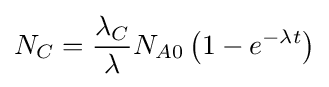
N_{C}={\frac {\lambda _{C}}{\lambda }}N_{A0}\left(1-e^{-\lambda t}\right)